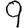
Digit: 9